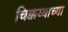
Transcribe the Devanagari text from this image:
चिक्कय्याच्या